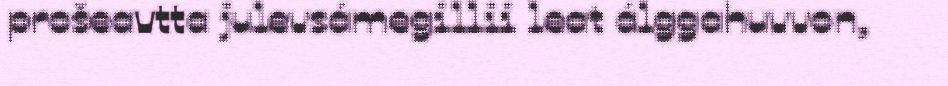
prošeavtta julevsámegillii leat álggahuvvon,